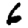
Digit: 6